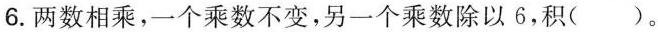
6.两数相乘，一个乘数不变，另一个乘数除以6，积()。